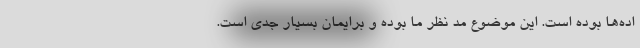
اده‌ها بوده است. این موضوع مد نظر ما بوده و برایمان بسیار جدی است.